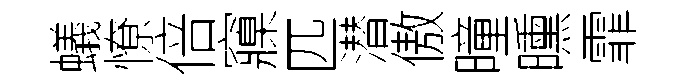
蟻憭倍䆿匹潜傲曈曛霏